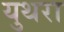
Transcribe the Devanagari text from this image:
युथरा